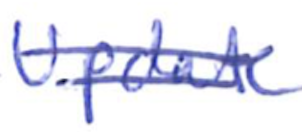
Text: Update
Cross-out: double-line
Writing tool: ballpoint